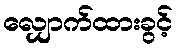
လျှောက်ထားခွင့်